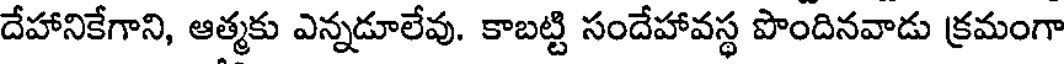
దేహానికేగాని, ఆత్మకు ఎన్నడూలేవు. కాబట్టి సందేహావస్థ పొందినవాడు క్రమంగా